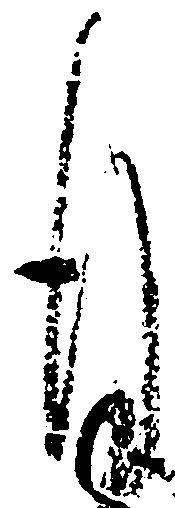
謹